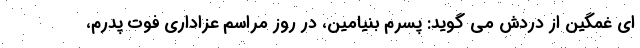
ای غمگین از دردش می گوید: پسرم بنیامین، در روز مراسم عزاداری فوت پدرم،